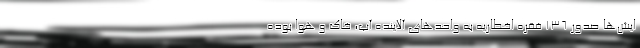
ایش‌ها صدور ۱۳۶ فقره اخطاریه به واحدهای آلاینده آب، خاک و هوا بوده